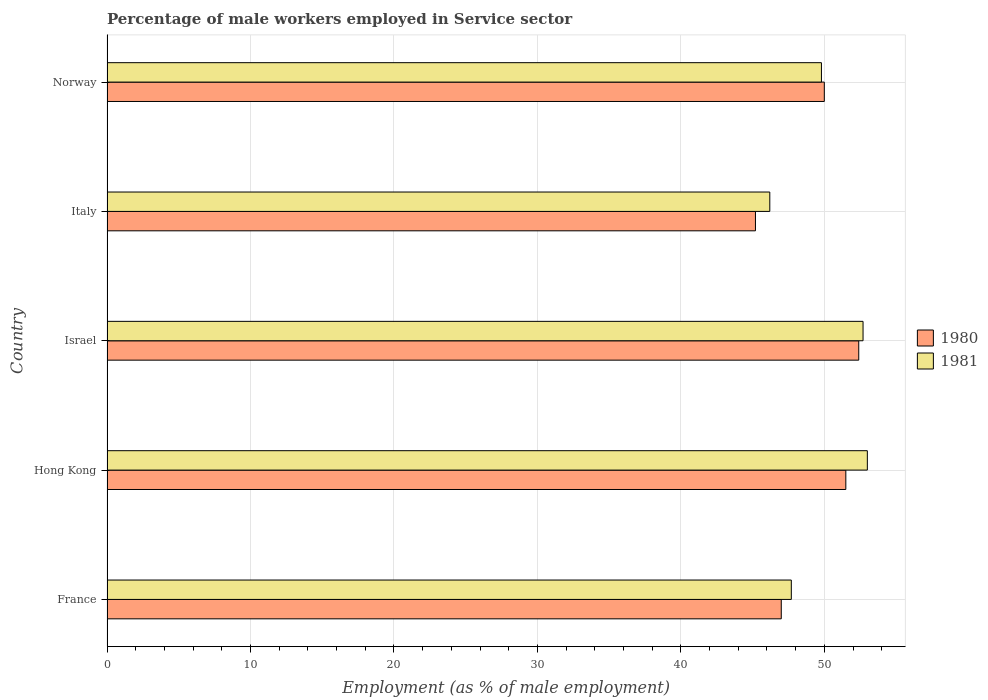
| Country | 1980 | 1981 |
 | --- | --- | --- |
 | France | 47 | 47.7 |
 | Hong Kong | 51.5 | 53 |
 | Israel | 52.4 | 52.7 |
 | Italy | 45.2 | 46.2 |
 | Norway | 50 | 49.8 |